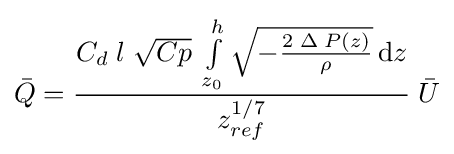
{\bar {Q}}={\frac {C_{d}\;l\;{\sqrt {Cp}}\;\int \limits _{z_{0}}^{h}{\sqrt {-{\frac {2\;\Delta \;P(z)}{\rho }}}}\,\mathrm {d} z}{z_{ref}^{1/7}}}\;{\bar {U}}